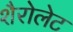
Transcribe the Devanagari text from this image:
शैरोलेट